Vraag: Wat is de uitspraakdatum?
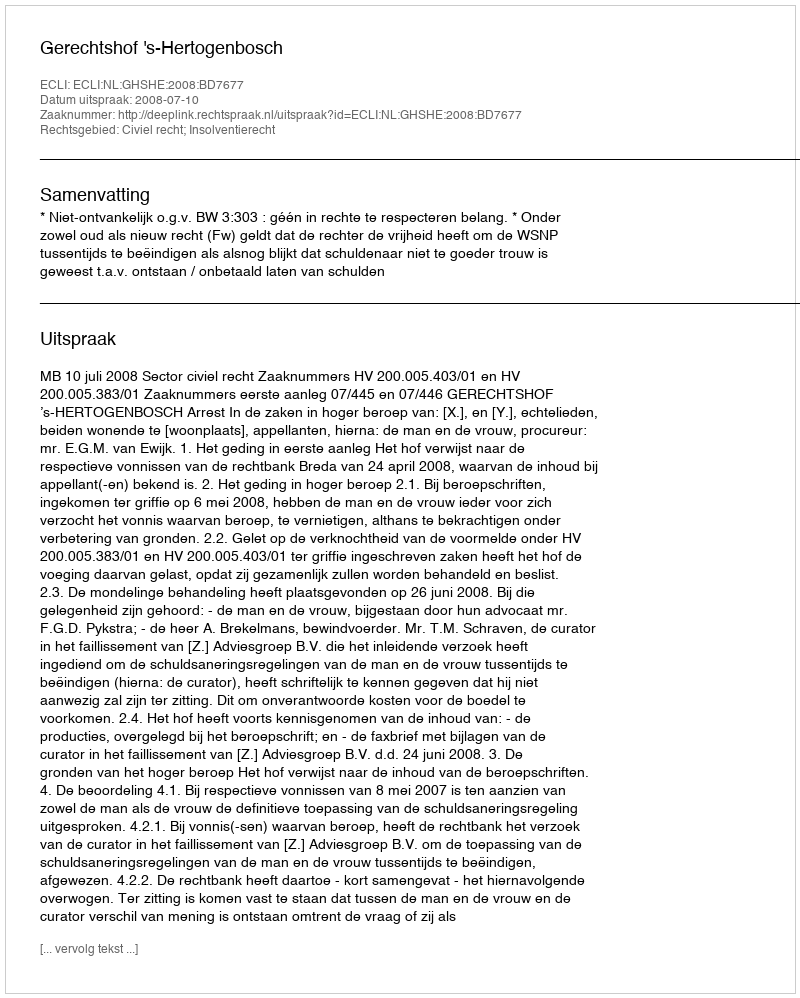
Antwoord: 2008-07-10